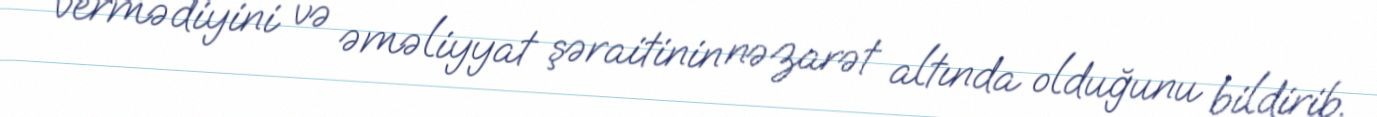
vermədiyini və əməliyyat şəraitinin nəzarət altında olduğunu bildirib.